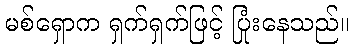
မစ်ရှောက ရှက်ရှက်ဖြင့် ပြုံးနေသည်။